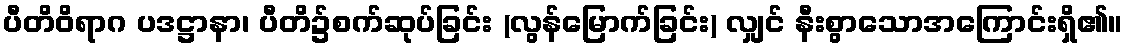
ပီတိဝိရာဂ ပဒဋ္ဌာနာ၊ ပီတိ၌စက်ဆုပ်ခြင်း (လွန်မြောက်ခြင်း) လျှင် နီးစွာသောအကြောင်းရှိ၏။